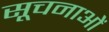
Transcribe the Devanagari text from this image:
सूचनाओें